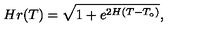
H r ( T ) = \sqrt { 1 + e ^ { 2 H ( T - T _ { \circ } ) } } ,